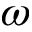
\omega